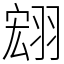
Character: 翝